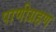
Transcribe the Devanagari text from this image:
पाणीग्रहण